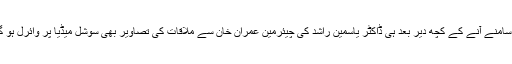
یہ خبر سامنے آنے کے کچھ دیر بعد ہی ڈاکٹر یاسمین راشد کی چیئرمین عمران خان سے ملاقات کی تصاویر بھی سوشل میڈیا پر وائرل ہو گئی ہیں۔